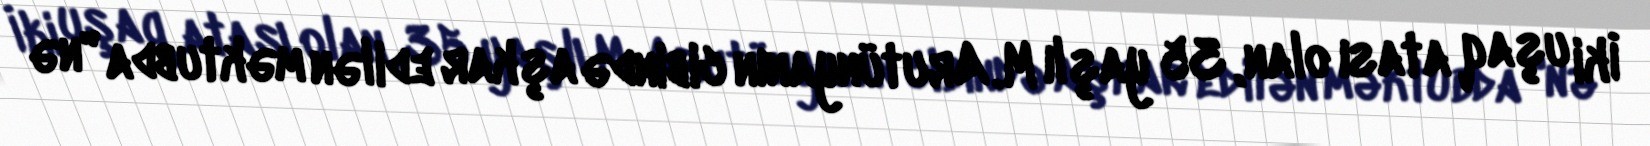
İki uşaq atası olan, 35 yaşlı M. Arutünyanın cibində aşkar edilən məktubda "nə